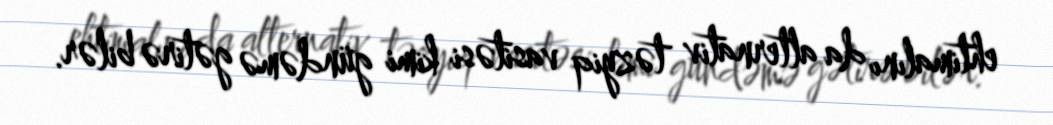
ehtimalını da alternativ təzyiq vasitəsi kimi gündəmə gətirə bilər.